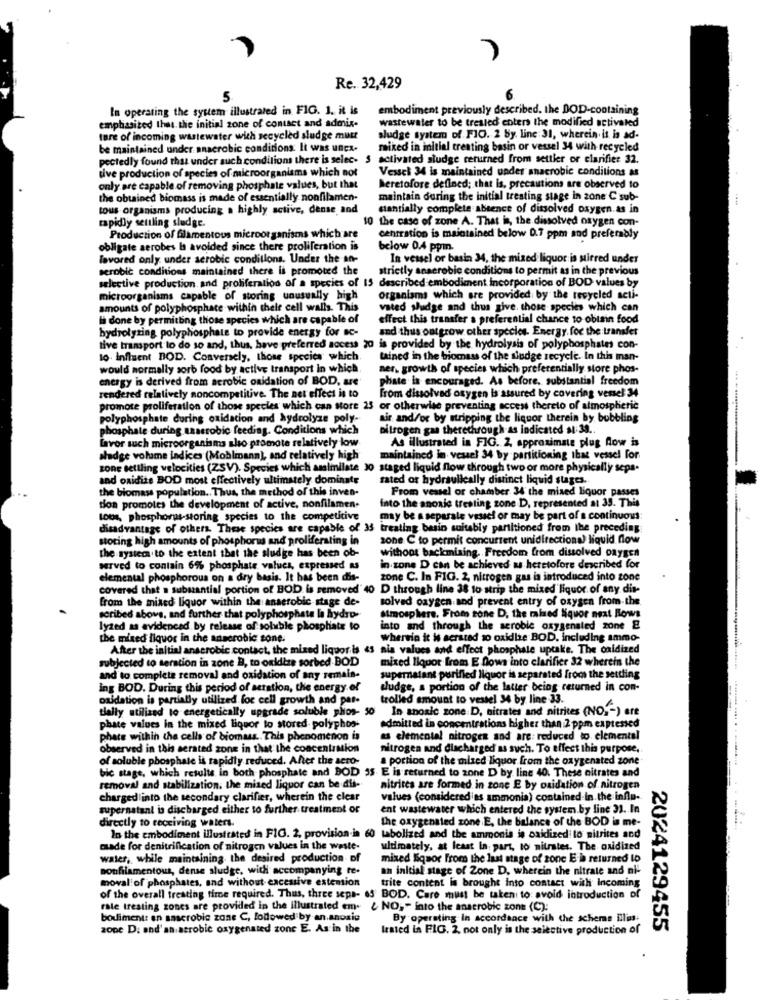
Re. 32,429
In operating the system illustrated in FIG. 1. it is
embodiment previously described. the DOD-containing
emplissited that the initial zone of contact and admix-
wastewater to be treated enters the modified activated
ture of incoming wastewater with secycled sludge must
sludge system of FIG. 2 by. line:31, wherein. it is ad-
be maintained under anaerobic conditions. It was uncx-
miked in initial treating basin or vessel 34 with recycled
pectedly found that under such conditions there is selec- 5
activated sludge cerurned from settler or clarifier 32.
tive production of species of microorganisms which not
Vessel 34 is maintained under anaerobic conditions as
only are capable of removing phosphate values, but that
heretofore defined; that is, precautions are observed to
the obtained biomass is made of essentially nonfilamen-
maintain during the initial treating stage in zone C sub-
tous organisms producing a highly active, dense, and
ctantially complete absence of dissolved oxygen as in
rapidly settling sludge.
10 the case of zone A. That is, the dissolved oxygen con-
Production of filamentous microorganisms which are
centration is maintained below 0.7 ppm and preferably
obligate aerobes la avoided since there proliferation is
below 0.4 ppin.
lavored only under aerobic conditions. Under the an-
In vessel or basin 34, the mixed liquor is stirred under
aerobic conditions maintained there is promoted the
strictly anaerobic conditions to permit as in the previous
selective production and proliferation of a species of 15 described embodiment incorporation of BOD values by
microorganisms capable of storing unusually high
organisms which are provided by the recycled acti-
amounts of polyphosphate within thele cell walls. This
vated sludge and thus give. those species which can
Hi done by permitting those species which are capable of
effect this transfer a preferential chance to obtain food
hydrolyzing polyphosphate to provide energy for ac-
and thus outgrow other species. Energy. for the transfer
tive transport to do so and, thus, have preferred access 20 is provided by the hydrolysis of polyphosphates con-
to. influent BOD. Conversely, those species which
tained in the biomass of the sludge recycle. In this man-
would normally sorb food by active transport in which
ner. growth of species which preferentially store phos-
energy is derived from aerobic oxidation of BOD, are
phate is encouraged. As before, substantial freedom
rendered relatively noncompetitive. The net effect is to
from dissolved oxygen is assured by covering vessel 34
promote proliferation of those species which can store 23
or otherwise preventing access thereto of atmospheric
polyphosphate during oxidation and hydrolyze poly-
air and/or by stripping the liquor therein by bubbling
phosphate during aaaerobic feeding. Conditions which
nitrogen gas therethrough as indicated at:39 ..
Lavor such microorganisms sho promote relatively low
As illustrated in FIG. 2. approximate plug Aow is
sladge volume indices (Moblmann), and relatively high
maintained in vesel 34 by partitioning that vessel for
zone settling velocities (ZSV). Species which assimilate 30 staged liquid flow through two or more physically sepa-
and oxidize BOD most effectively ultimately dominate
zated or hydraulically distinct liquid stages.
the biomass population .. Thus, the method of this inves-
From vessel or chamber 34 the mixed liquor passes
Into the anoxie treating zone D, represented at 35. This
tion promotes the development of active, nonfilamen-
tous, phosphorus-storing species to the competitive
may be a separale vessel or may be part of a continuous:
disadvantage of others. These species are capable of 35 treating besin suitably partitioned from the preceding
storing high amounts of phosphorus and proliferating in
zone C to permit concurrent unidirectional liquid flow
without backmining. Freedom from dissolved oxygen
the system to the extent that the sludge has been ob-
served to contain 6% phosphate values, expressed as
in zone D can be achieved as heretofore described for
elemental phosphorous on a dry basis. It has been dis-
zone C. In FIG. 2, nitrogen gas is introduced into zone
covered that a substantial portion of BOD is removed' 40 D through line 38 to strip the mixed'liquor of any dis-
from the mixed liquor within the anaerobic stage de-
solved oxygen and prevent entry of oxygen from-the.
scribed above, and further that polyphosphate la hydro-
Atmosphere, From sone D, the mained Nquor next Rows
lyzed as evidenced by release of soluble phosphate to
into and through the seroble oxygenated zone &
the mixed liquor in the anaerobic sone.
wherein it is serstad so oxidlze BOD, including ammo-
After the initial anscrobic contact, the mised liquoriis 45 ais values and effect phosphate uptake. The oxidized
subjected to teration in zone B, to oxidize sorbed BOD
mixed liquor from E Dows into clarifier 32 wherein the
and to complete removal and oxidation of any semais-
supernatant purified liquor is separated from the settling
ing BOD. During this period of actation, the energy of
sludge, a portion of the latter being returned in con-
oxidation is partially utilized for cell growth and par-
trolled amount to vestel 34 by line 33.
tially utilized to energetically upgrade soluble phios- 50 In anoxic zone D, nitrates and nitrites (NO ,- ) ere
phate values in the mixed liquor to stored polyphos-
admitted in concentrations higher than 2 ppm expressed
phate within the cells of biomass .. This phenomenon is
as clemental nitrogen and are: reduced to. elemental
observed in this serated zone in that the concentration
nitrogen and discharged as such. To effect this purpose.
of soluble phosphate is rapidly reduced. After the sero-
a portion of the mized liquor from the oxygenated zone
bic stage, which results in both phosphate and DOD 35 E is returned to zone D by line 40. These nitrates and
removal and stabilization. the mised liquor can be dis-
nitrites are formed in zone E by oxidation of nitrogen
charged into the secondary clarifier, wherein the clear
values (considered as ammonia) contained In. the influ-
supernatant is discharged either to further treatment of
ent wastewater which entered the system.by line 31. In
directly to receiving waters.
the oxygenated zone E, the balance of the BOD is me-
In the embodiment illustrated in FIG. 2. provision is 60 tabolized and the ammonia is saidized to nitrites and
made for denitrification of nitrogen values in the waste-
ultimately, at least in part, to nitrates. The oxidized
water, while maintaining. the desired production of
mixed liquor From the last stage of zone E he returned to
nonfilamentous, dense sludge, with accompanying re-
an initial stage of Zone D. wherein the nitrate and ni-
moval of phosphates, and without excessive extension
trite content is brought into contact with Incoming
of the overall treating time required. Thus, three sepa- 65' BOD. Care must be taken to avoid introduction of
rate treating zones are provided in the Illustrated em. ¿ NO," into the anaerobic zone (C):
bouiment: en saserobic zone C, followed by an.anoxic
By operating In accordance with the scheme illias:
zope D. and'an acrobic oxygenated zonc E. As in the
Irsted in FIG. 2. not only is the selective production of
2024129455